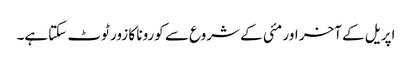
اپریل کے آخر اور مئی کے شروع سے کورونا کا زور ٹوٹ سکتاہے۔